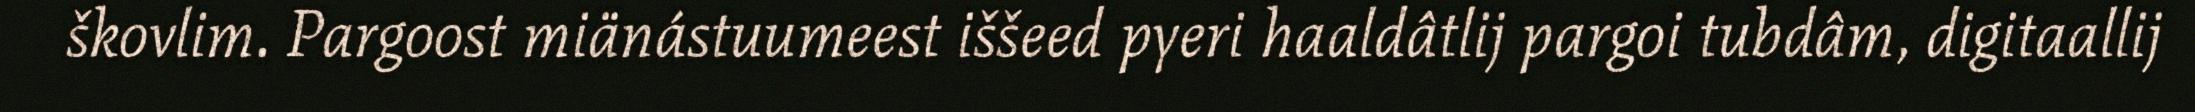
škovlim. Pargoost miänástuumeest iššeed pyeri haaldâtlij pargoi tubdâm, digitaallij